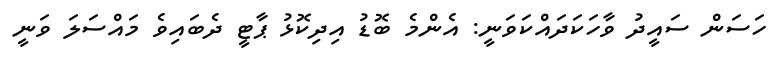
ހަސަން ސައީދު ވާހަކަދައްކަވަނީ: އެންމެ ބޮޑު އިދިކޮޅު ޕާޓީ ދެބައިވެ މައްސަލަ ވަނީ